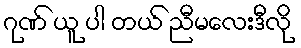
ဂုဏ် ယူ ပါ တယ် ညီမလေးဒီလို